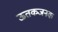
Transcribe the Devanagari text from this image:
ऊतकजनक